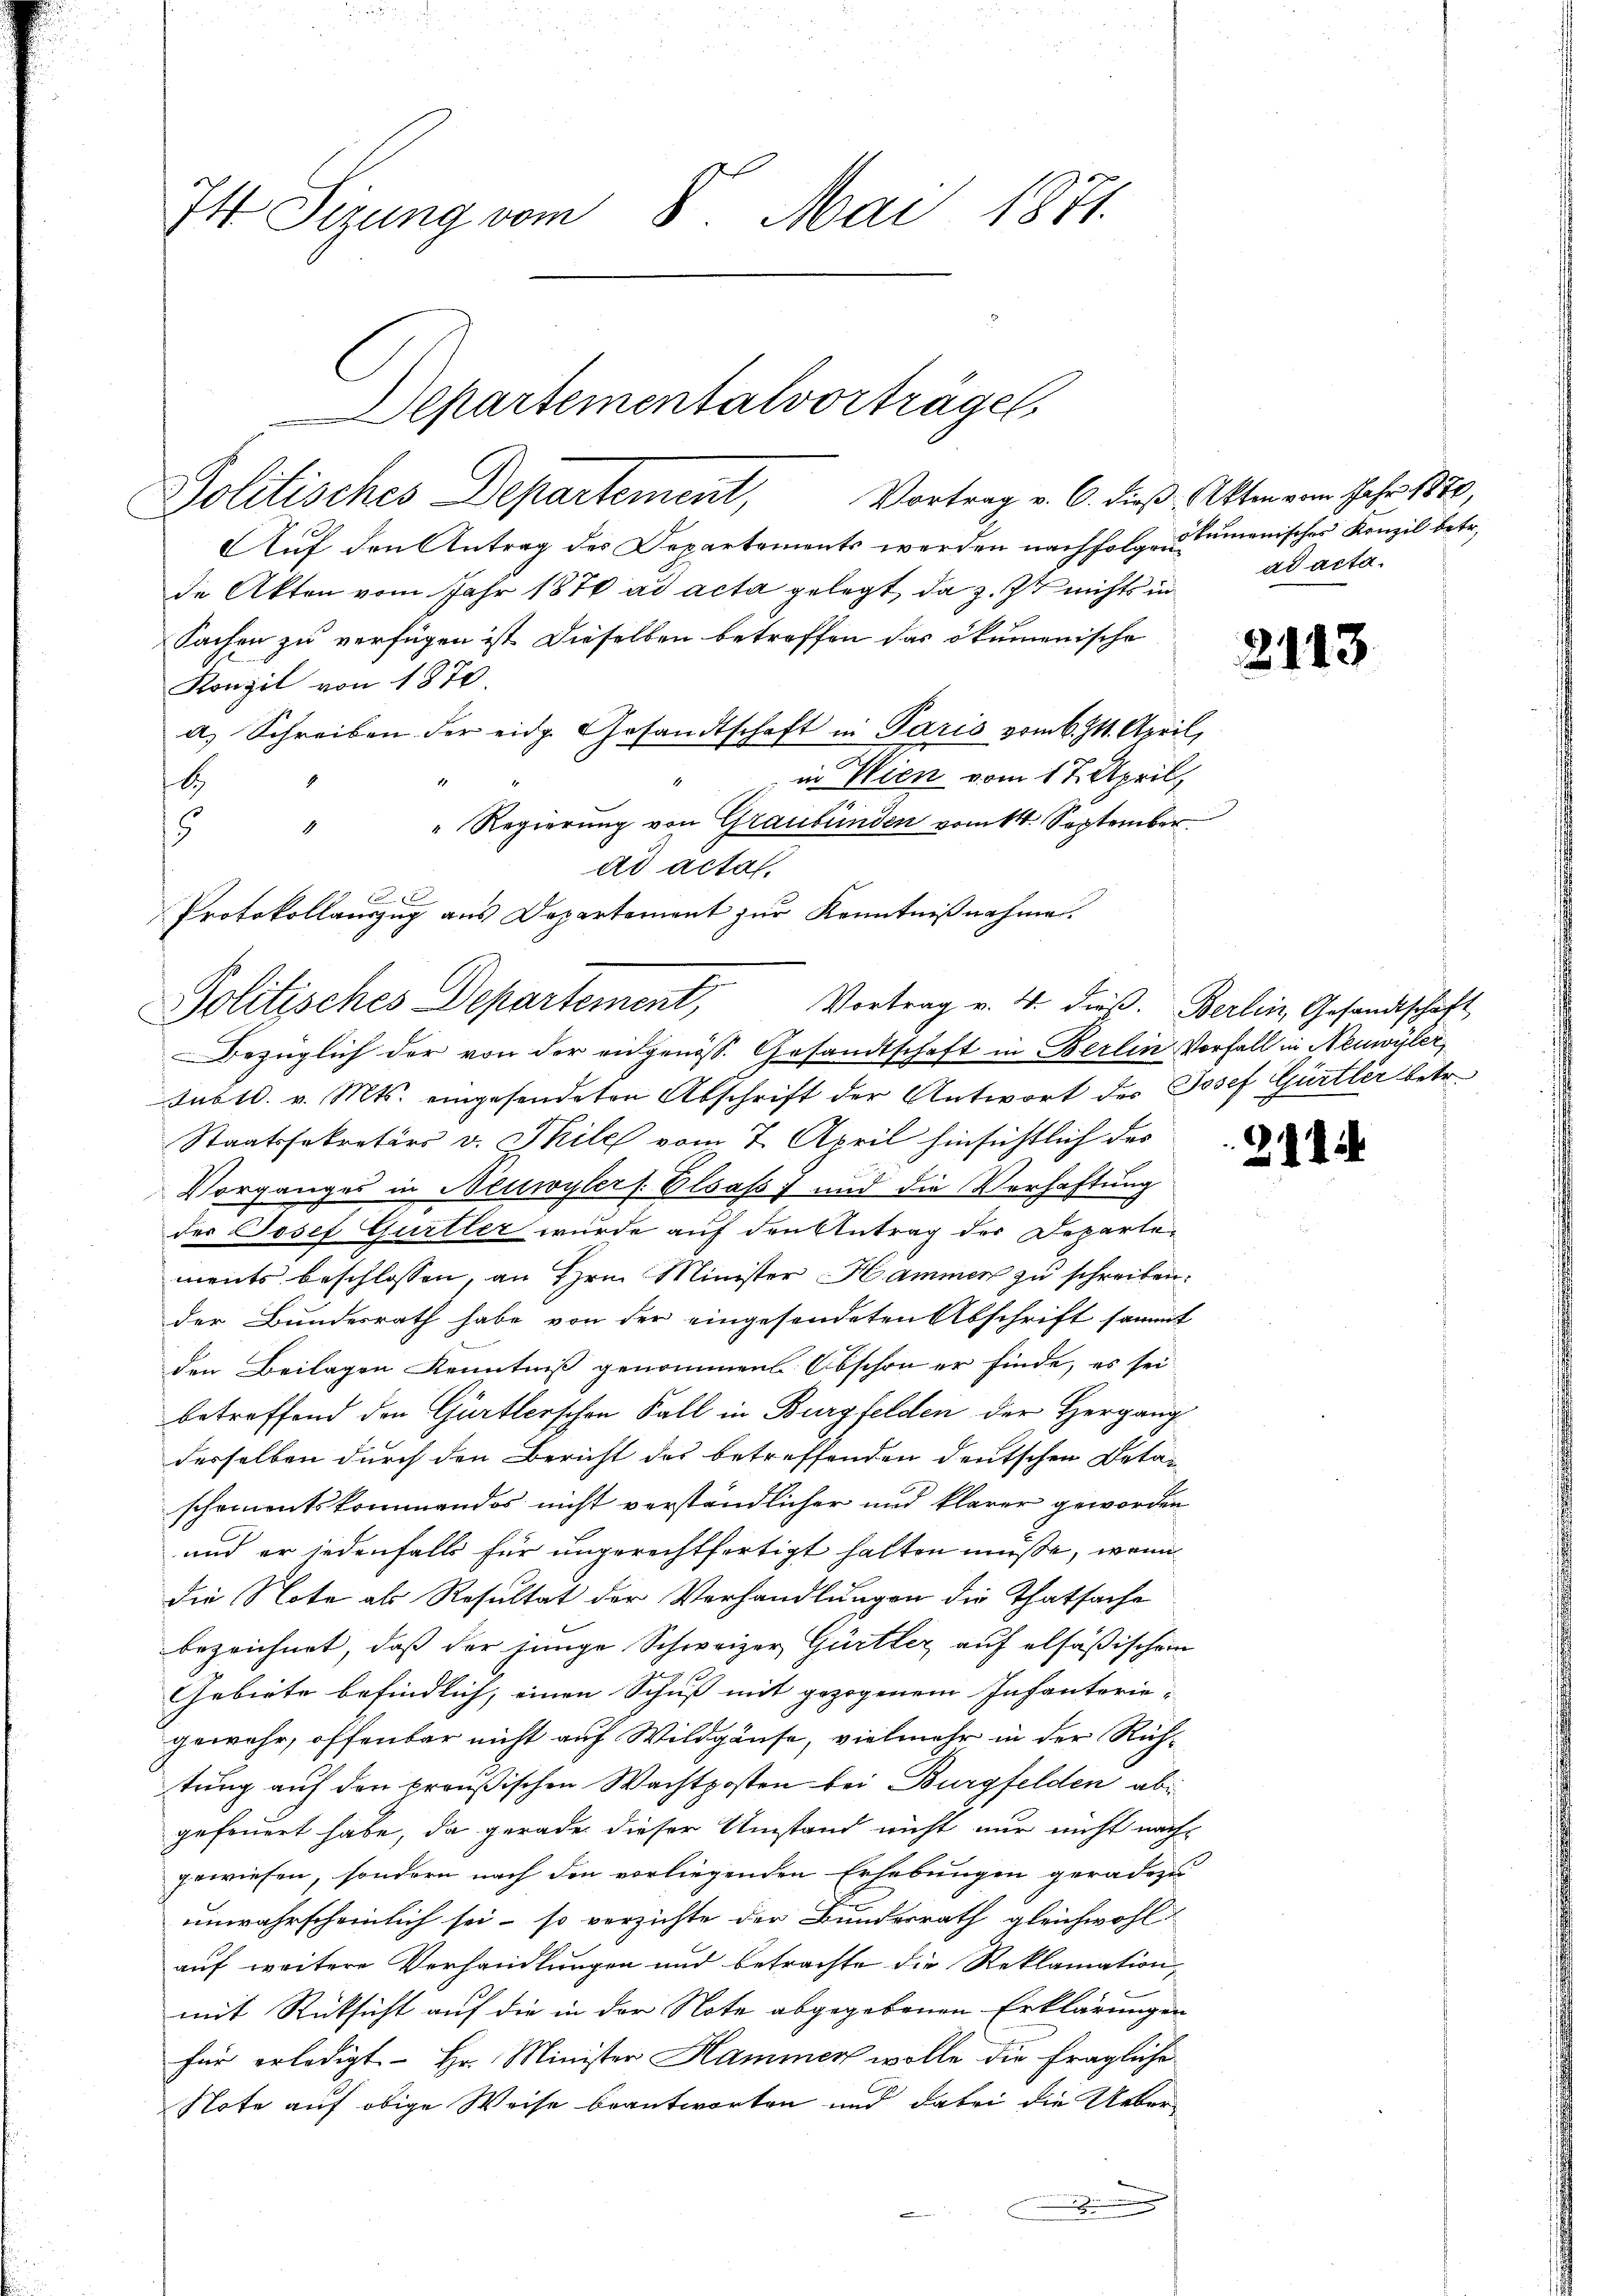
I4 Sizung vom 8. Mai 1871.

Departementalvorträge
Politisches Departement, Vortrag v. O. dieβ ktmann Jahr 1870,

Auf den Antrag des Departements werden nachfolgen kumenisches Konzil betr.
de Akten vom Jahr 1876 ad acta gelegt, da z. Ist nichts in
Sachen zu verfügen ist dieselben betreffen das ökumenische
Konzil von 1870.
a) Schreiben der eidg. Gesandtschaft in Paris vom 6. 11. April,
in Wien vom 17. April,
1
l
4
" Regierung von Graubünden vom 14. September
1
5
ad acta
Protokollauszug aus Departement zur Kenntnißnahme.

Politisches Departement, Vortrag v. 4. dieß. Berlin Gesandtschaft,
Bezüglich der von der eidgenöss. Gesandtschaft in Berlin Vorfall in Neuwyler,

subt. v. Mts. eingesendeten Abschrift der Antwort des Josef Gürtler betr.
Staatssekretärs v. Thile vom 7. April hinsichtlich des
Vorganges in Neuwyler (Elsass, und die Verhaftung
der Josef Gurtler wurde auf den Antrag der Departements beschlossen, an Hrn. Minister Hammer zu schreiben.
der Bundesrath habe von der eingesendeten Abschrift sammt
den Beilagen Kenntniß genommen. Obschon er finde, es sei
betreffend den Gürtlerschen Fall in Burgfelden der Hergang
desselben durch den Bericht des betreffenden deutschen Detai
schementskommendos nicht verständlicher und klarer geworden
und er jedenfalls für ungerechtfertigt hatten müsse, wenn
die Note als Resultat der Verhandlungen die Thatsache
bezeichnet, daß der junge Schweizer Gürtler auf elsäßischem
Gebiete befindlich, einen Schuß mit gezogenem Infanterie-
gewehr, offenbar nicht auf Wildgäuse, vielmehr in der Rich-
tung auf den preußischen Wachtposten bei Burgfelden ab
gefeuert habe, da gerade dieser Umstand nicht nur nicht nachgewiesen, sondern nach den vorliegenden Erhebungen geradezu
unwahrscheinlich sei - so verzichte der Bundesrath gleichwohl
auf weitere Verhandlungen und betrachte die Reklamation,
.
mit Rücksicht auf die in der Note abgegebenen Erklärungen
für erledigt. Hr. Minister Hammer wolle die fragliche
Note auf obige Weise beantworten und dabei die Ueber¬

ad acta.

2113

.11.